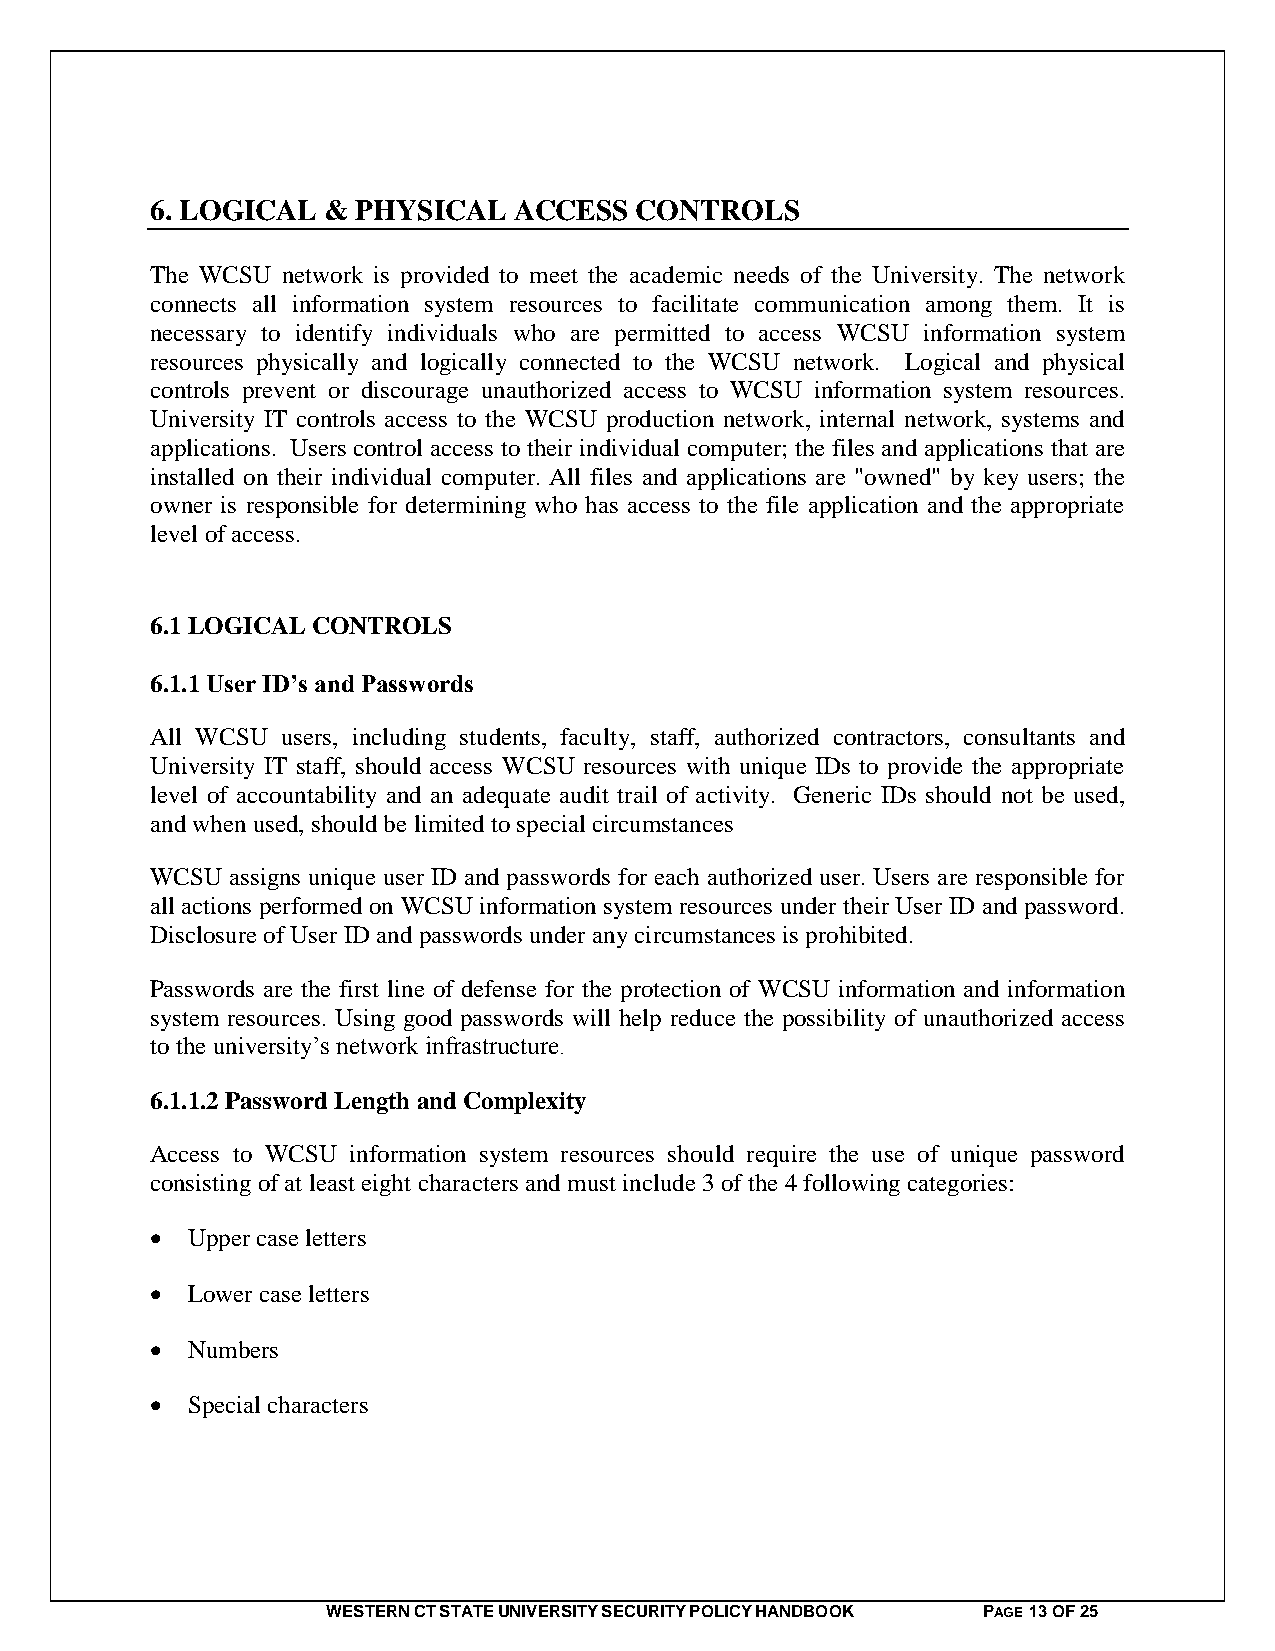
6. LOGICAL &  PHYSICAL  ACCESS  CONTROLS
 The WCSU network is provided to meet the academic needs of the University. The network
 connects all information system resources to facilitate communication among them. It is
 necessary to identify individuals who are permitted to access WCSU information system
 resources physically and logically connected to the WCSU network. Logical and physical
 controls prevent or discourage unauthorized access to WCSU information system resources.
 University IT controls access to the WCSU production network, internal network, systems and
 applications. Users control access to their individual computer; the files and applications that are
 installed on their individual computer. All files and applications are "owned" by key users; the
 owner is responsible for determining who has access to the file application and the appropriate
 level of access.
 6.1 LOGICAL CONTROLS
 6.1.1 User ID’s and Passwords
 All WCSU users, including students, faculty, staff, authorized contractors, consultants and
 University IT staff, should access WCSU resources with unique IDs to provide the appropriate
 level of accountability and an adequate audit trail of activity. Generic IDs should not be used,
 and when used, should be limited to special circumstances
 WCSU assigns unique user ID and passwords for each authorized user. Users are responsible for
 all actions performed on WCSU information system resources under their User ID and password.
 Disclosure of User ID and passwords under any circumstances is prohibited.
 Passwords are the first line of defense for the protection of WCSU information and information
 system resources. Using good passwords will help reduce the possibility of unauthorized access
 to the university’s network infrastructure.
 6.1.1.2 Password Length and Complexity
 Access to WCSU information system resources should require the use of unique password
 consisting of at least eight characters and must include 3 of the 4 following categories:
  Upper case letters
  Lower case letters
  Numbers
  Special characters
 WESTERN CT STATE UNIVERSITY SECURITY POLICY HANDBOOK PAGE 13 OF 25